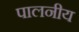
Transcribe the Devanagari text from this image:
पालनीय